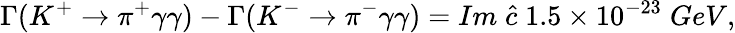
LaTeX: \Gamma(K^{+}\rightarrow\pi^{+}\gamma\gamma)-\Gamma(K^{-}\rightarrow\pi^{-}\gamma\gamma)=Im\; \hat{c}\; 1.5\times 10^{-23}\; GeV,